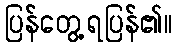
ပြန်တွေ့ရပြန်၏။